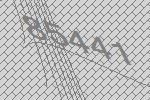
85441